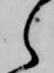
ら